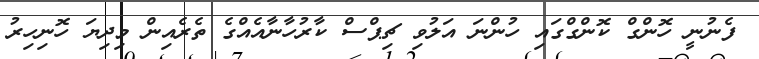
ފެނުނީ ހޮންގް ކޮންގްގައި ހުންނަ އަލުވި ޗިޕްސް ކާރުހާނާއެއްގެ ތެރެއިން މިދިޔަ ހޮނިހިރު